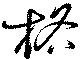
格